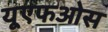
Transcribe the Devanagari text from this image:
यूएफओस